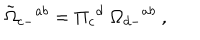
LaTeX: { \tilde { \Omega } } _ { c - } { } ^ { a b } = \Pi _ { c } { } ^ { d } \; \Omega _ { d - } { } ^ { a b } \ ,